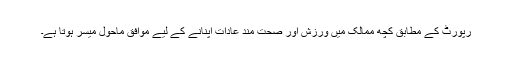
رپورٹ کے مطابق کچھ ممالک میں ورزش اور صحت مند عادات اپنانے کے لیے موافق ماحول میسر ہوتا ہے۔